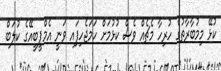
ކުޅޭ މިމުބާރާތުގެ ހުރިހާ މެޗެއް ވެސް ކުޅުމަށް ހަމަޖެހިފަިއ ވަނީ އެމްޕީބީއޭގެ ކުލަބް